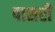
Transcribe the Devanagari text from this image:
पासरी